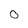
Character: 0